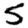
Digit: 5